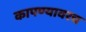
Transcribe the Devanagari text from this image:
कापण्यावरच